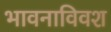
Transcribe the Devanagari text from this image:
भावनाविवश